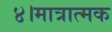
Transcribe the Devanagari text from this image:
४।मात्रात्मक